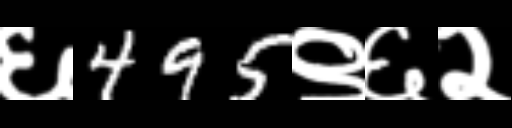
Text: ६495९६२